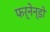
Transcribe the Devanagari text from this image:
फर्नेन्डो